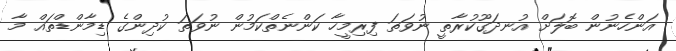
އަންހެނުން ބޮލަށް އުނދަގޫކުރާތީ ނުވަތަ ފިރިމީހާ ކަންނެތްކަމުން ނުވަތަ ކުދިންގެ ޑިމާންޑްތައް މާ